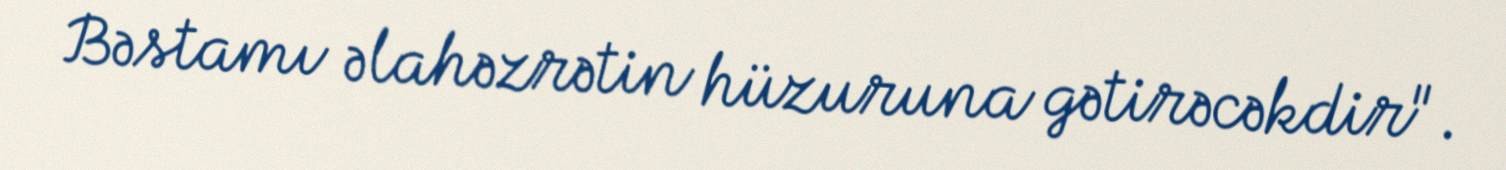
Bəstamı əlahəzrətin hüzuruna gətirəcəkdir".